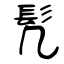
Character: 髠